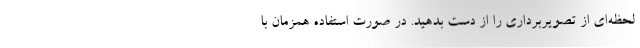
لحظه‌ای از تصویربرداری را از دست بدهید. در صورت استفاده همزمان با